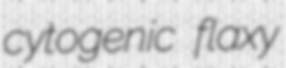
cytogenic flaxy